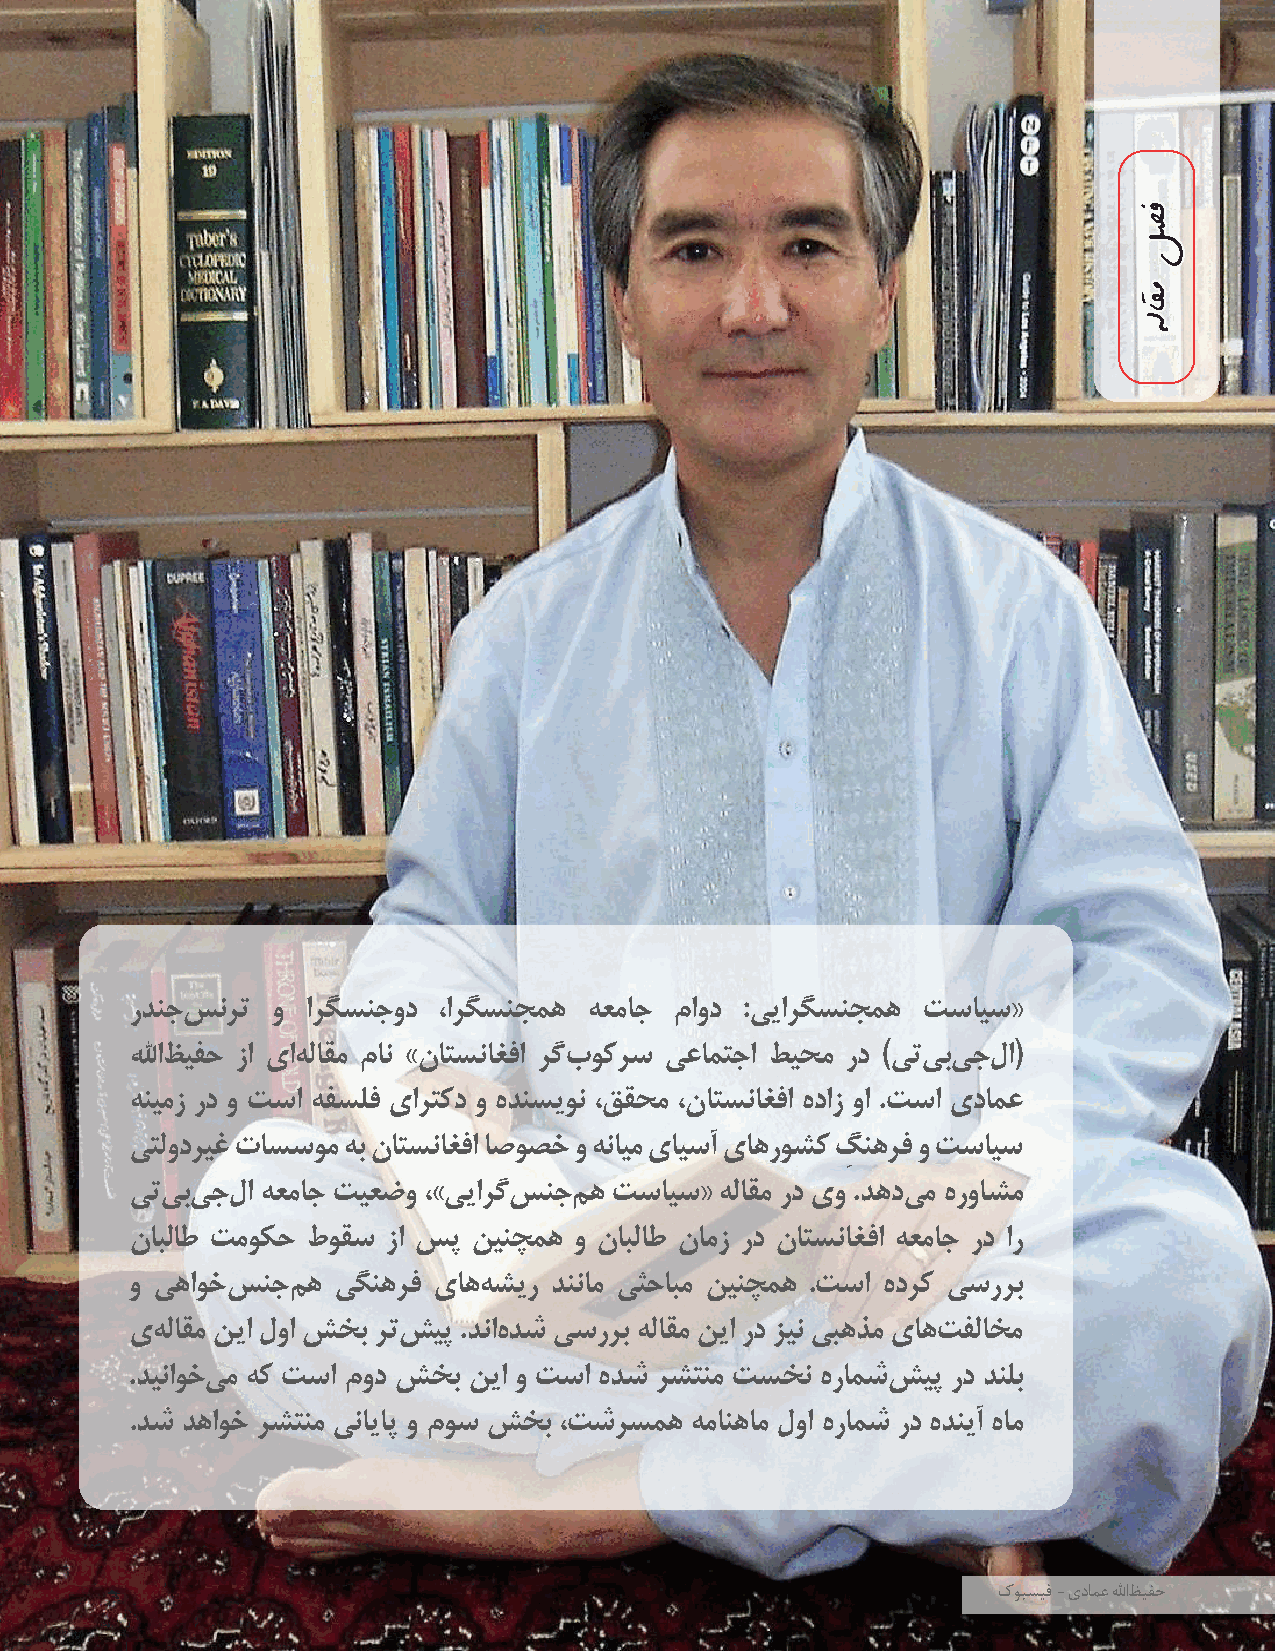
هلاقم لصف
 23
 ردنجس نرت و ارگسنجود ،ارگسنجمه هعماج ماود :ییارگسنجمه تسایس«
 للهاظ یفح زا یاه لاقم مان »ناتسناغفا رگب وکرس یعامتجا طیحم رد )یتی بی جل ا(
 هنیمز رد و تسا هفسلف یارتکد و هدنسیون ،ققحم ،ناتسناغفا هداز وا .تسا یدامع
 یتلودریغ تاسسوم هب ناتسناغفا اصوصخ و هنایم یایسآ یاهروشک گِ نهرف و تسایس
 یتی بی جل ا هعماج تیعضو ،»ی یارگس نجم ه تسایس« هلاقم رد یو .دهدی م هرواشم
 نابلاط تموکح طوقس زا سپ نینچمه و نابلاط نامز رد ناتسناغفا هعماج رد ار
 و یهاوخس نجم ه یگنهرف یاهه شیر دننام یثحابم نینچمه .تسا هدرک یسررب
 یه لاقم نیا لوا شخب رتش یپ .دناه دش یسررب هلاقم نیا رد زین یبهذم یاهت فلاخم
 .دیناوخی م هک تسا مود شخب نیا و تسا هدش رشتنم تسخن هرامشش یپ رد دنلب
 .دش دهاوخ رشتنم ینایاپ و موس شخب ،تشرسمه همانهام لوا هرامش رد هدنیآ هام
 کوبسیف - یدامع للهاظ یفح
 ففصصلل
 ممققااللهه